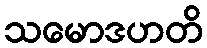
သမောဒဟတိ